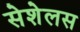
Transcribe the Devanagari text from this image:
सेशेलस